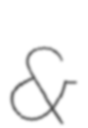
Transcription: &